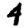
Digit: 4